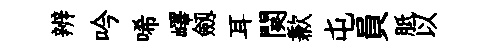
辨吟唏嶧劔耳闋歉屯員胝以